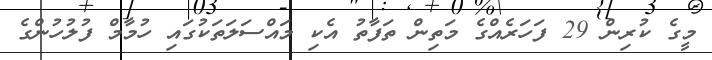
މީގެ ކުރިން 29 ފަހަރެއްގެ މަތިން ތަފާތު އެކި މައްސަލަތަކުގައި ހުމާމް ފުލުހުންގެ